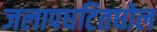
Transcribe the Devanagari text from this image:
जलापघटितघोल